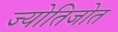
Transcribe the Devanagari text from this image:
ज्योतिजोत